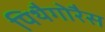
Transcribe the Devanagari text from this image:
पिथैगोरैस